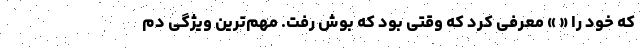
که خود را « » معرفی کرد که وقتی بود که بوش رفت. مهم‌ترین ویژگی دم